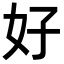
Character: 好